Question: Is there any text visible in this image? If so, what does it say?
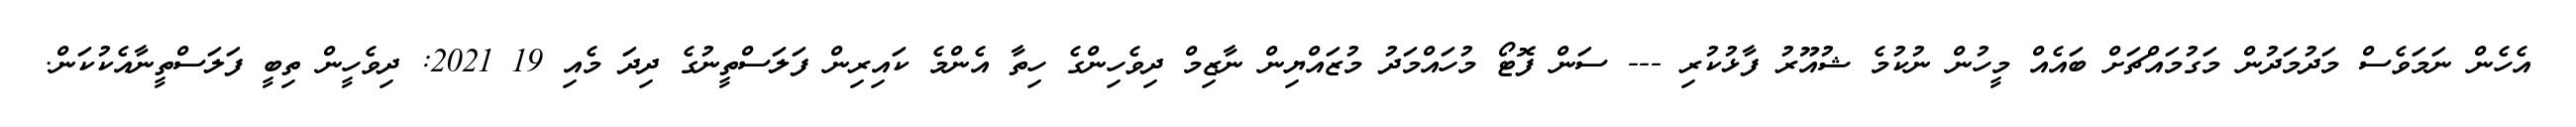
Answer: އެހެން ނަމަވެސް މަދުމަދުން މަގުމައްޗަށް ބައެއް މީހުން ނުކުމެ ޝުއޫރު ފާޅުކުރި --- ސަން ފޮޓޯ މުހައްމަދު މުޒައްޔިން ނާޒިމް ދިވެހިންގެ ހިތާ އެންމެ ކައިރިން ފަލަސްތީނުގެ ދިދަ މެއި 19 2021: ދިވެހީން ތިބީ ފަލަސްތީނާއެކުކަން.